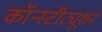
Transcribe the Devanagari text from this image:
कॉन्‍स्‍टीट्यूशन